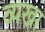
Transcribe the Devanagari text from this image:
व्यख्रा